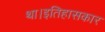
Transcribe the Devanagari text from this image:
था।इतिहासकार